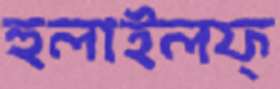
হুলাইলফ্